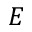
E